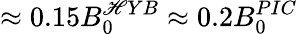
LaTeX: \approx0.15B_{0}^{\mathscr{H}YB}\approx0.2B_{0}^{PIC}